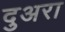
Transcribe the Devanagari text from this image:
दुअरा